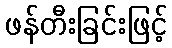
ဖန်တီးခြင်းဖြင့်